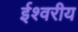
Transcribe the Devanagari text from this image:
र्इश्वरीय